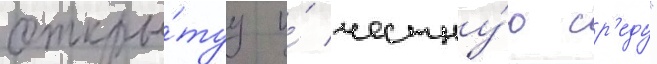
откры́туу и́ честну́ю ср'еду"